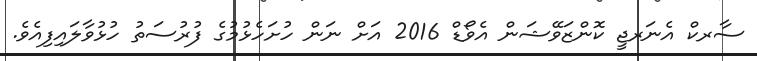
ސާރކް އެނަރޖީ ކޮންޒަވޭޝަން އެވޯޑް 2016 އަށް ނަން ހުށަހެޅުމުގެ ފުރުސަތު ހުޅުވާލައިފިއެވެ.